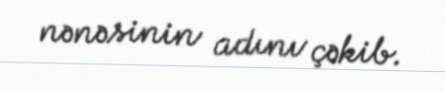
nənəsinin adını çəkib.